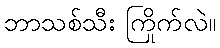
ဘာသစ်သီး ကြိုက်လဲ။